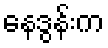
နေဒွန်းက